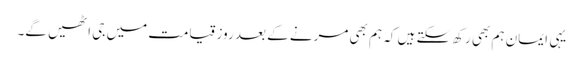
یہی ایمان ہم بھی رکھ سکتے ہیں کہ ہم بھی مرنے کے بعد روز قیامت میں جی اٹھیں گے۔